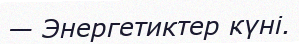
— Энергетиктер күні.